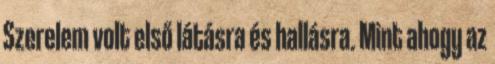
Szerelem volt első látásra és hallásra. Mint ahogy az